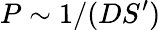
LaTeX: P\sim 1/(DS^{\prime})